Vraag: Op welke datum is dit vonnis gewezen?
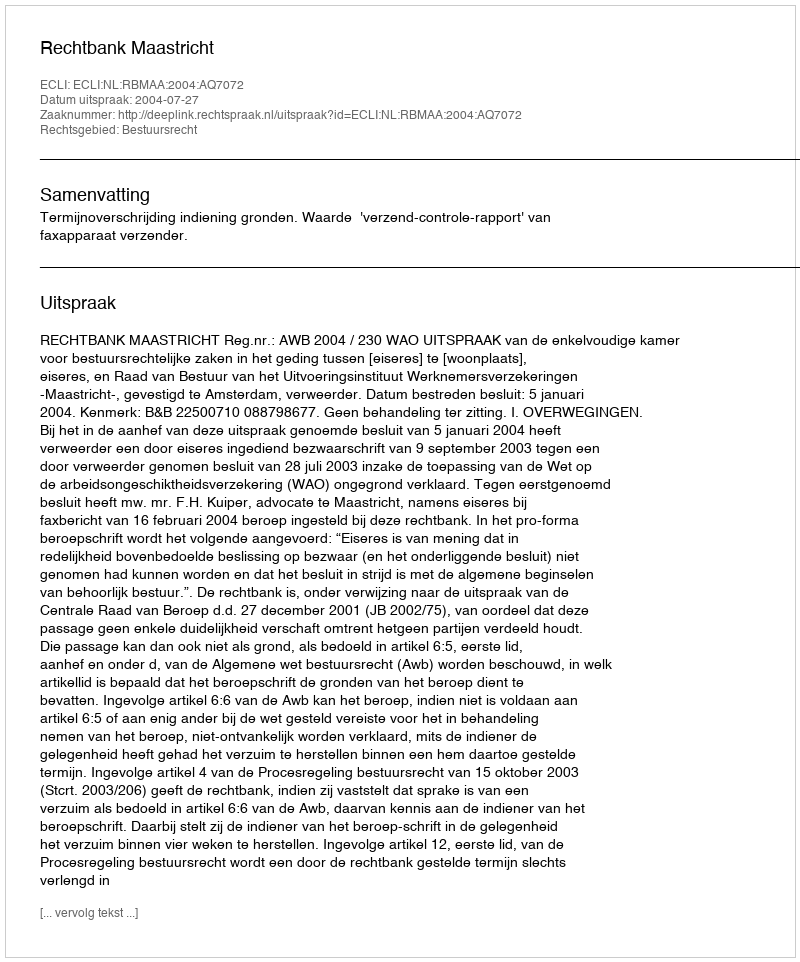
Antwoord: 2004-07-27